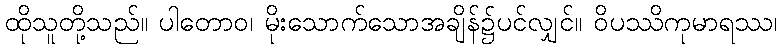
ထိုသူတို့သည်။ ပါတောဝ၊ မိုးသောက်သောအချိန်၌ပင်လျှင်။ ဝိပဿိကုမာရဿ၊